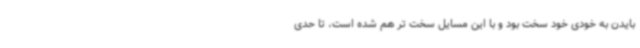
بایدن به خودی خود سخت بود و با این مسایل سخت تر هم شده است، تا حدی